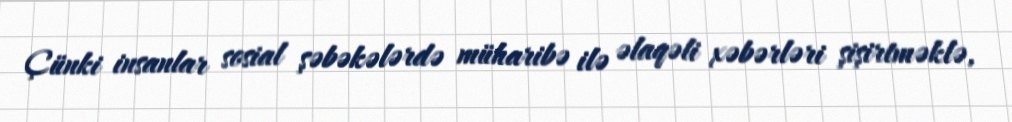
Çünki insanlar sosial şəbəkələrdə müharibə ilə əlaqəli xəbərləri şişirtməklə,